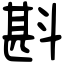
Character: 斟